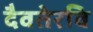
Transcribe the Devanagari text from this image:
दैवतेरवि